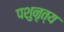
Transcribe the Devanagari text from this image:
पशुनृत्य